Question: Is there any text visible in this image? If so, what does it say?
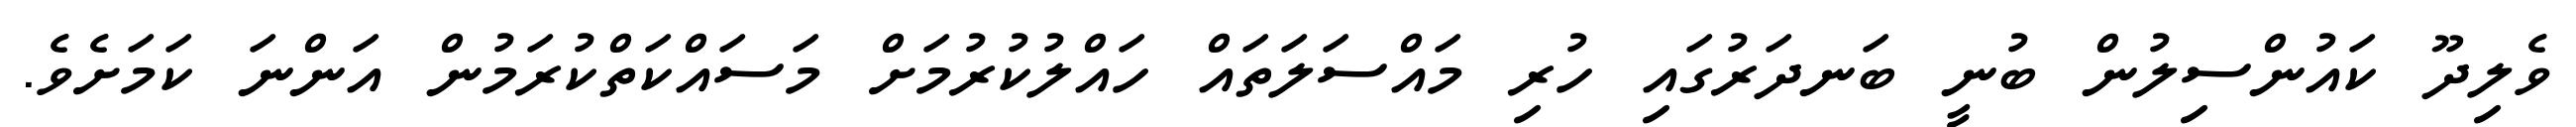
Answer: ވެލިދޫ ކައުންސިލުން ބުނީ ބަނދަރުގައި ހުރި މައްސަލަތައް ހައްލުކުރުމަށް މަސައްކަތްކުރަމުން އަންނަ ކަމަށެވެ.